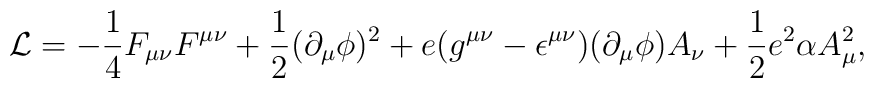
{\cal L} = -\frac{1}{4}F_{\mu\nu}F^{\mu\nu} + \frac{1}{2}(\partial_{\mu}\phi)^2 + e(g^{\mu\nu} - \epsilon^{\mu\nu})(\partial_{\mu}\phi)A_{\nu} + \frac{1}{2}e^2\alpha A_{\mu}^2,